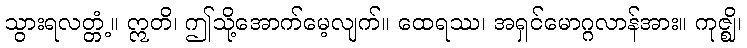
သွားရလတ္တံ့။ ဣတိ၊ ဤသို့အောက်မေ့လျက်။ ထေရဿ၊ အရှင်မောဂ္ဂလာန်အား။ ကုဇ္ဈိ၊